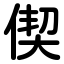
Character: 偰